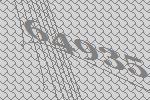
64935